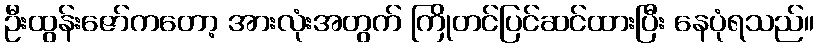
ဦးထွန်းဇော်ကတော့ အားလုံးအတွက် ကြိုတင်ပြင်ဆင်ထားပြီး နေပုံရသည်။